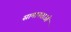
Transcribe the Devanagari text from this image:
सामानताओं